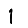
Digit: 1